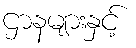
ဌာနများနှင့်